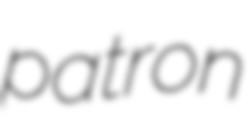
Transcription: patron